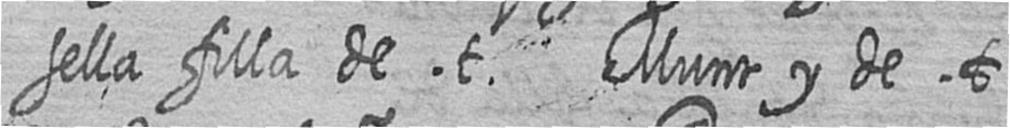
sella filla de t Munt y de t